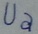
Text: Ua